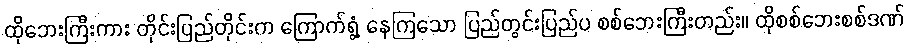
ထိုဘေးကြီးကား တိုင်းပြည်တိုင်းက ကြောက်ရွံ့ နေကြသော ပြည်တွင်းပြည်ပ စစ်ဘေးကြီးတည်း။ ထိုစစ်ဘေးစစ်ဒဏ်